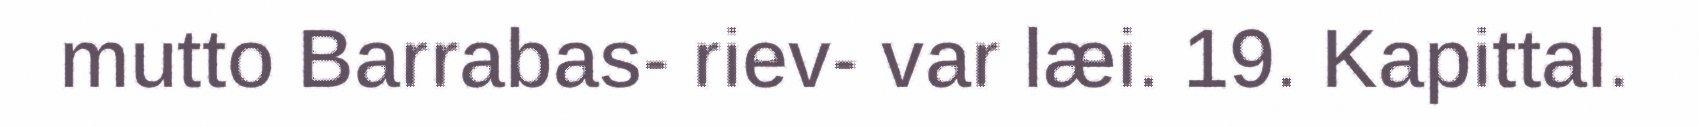
mutto Barrabas- riev- var læi. 19. Kapittal.